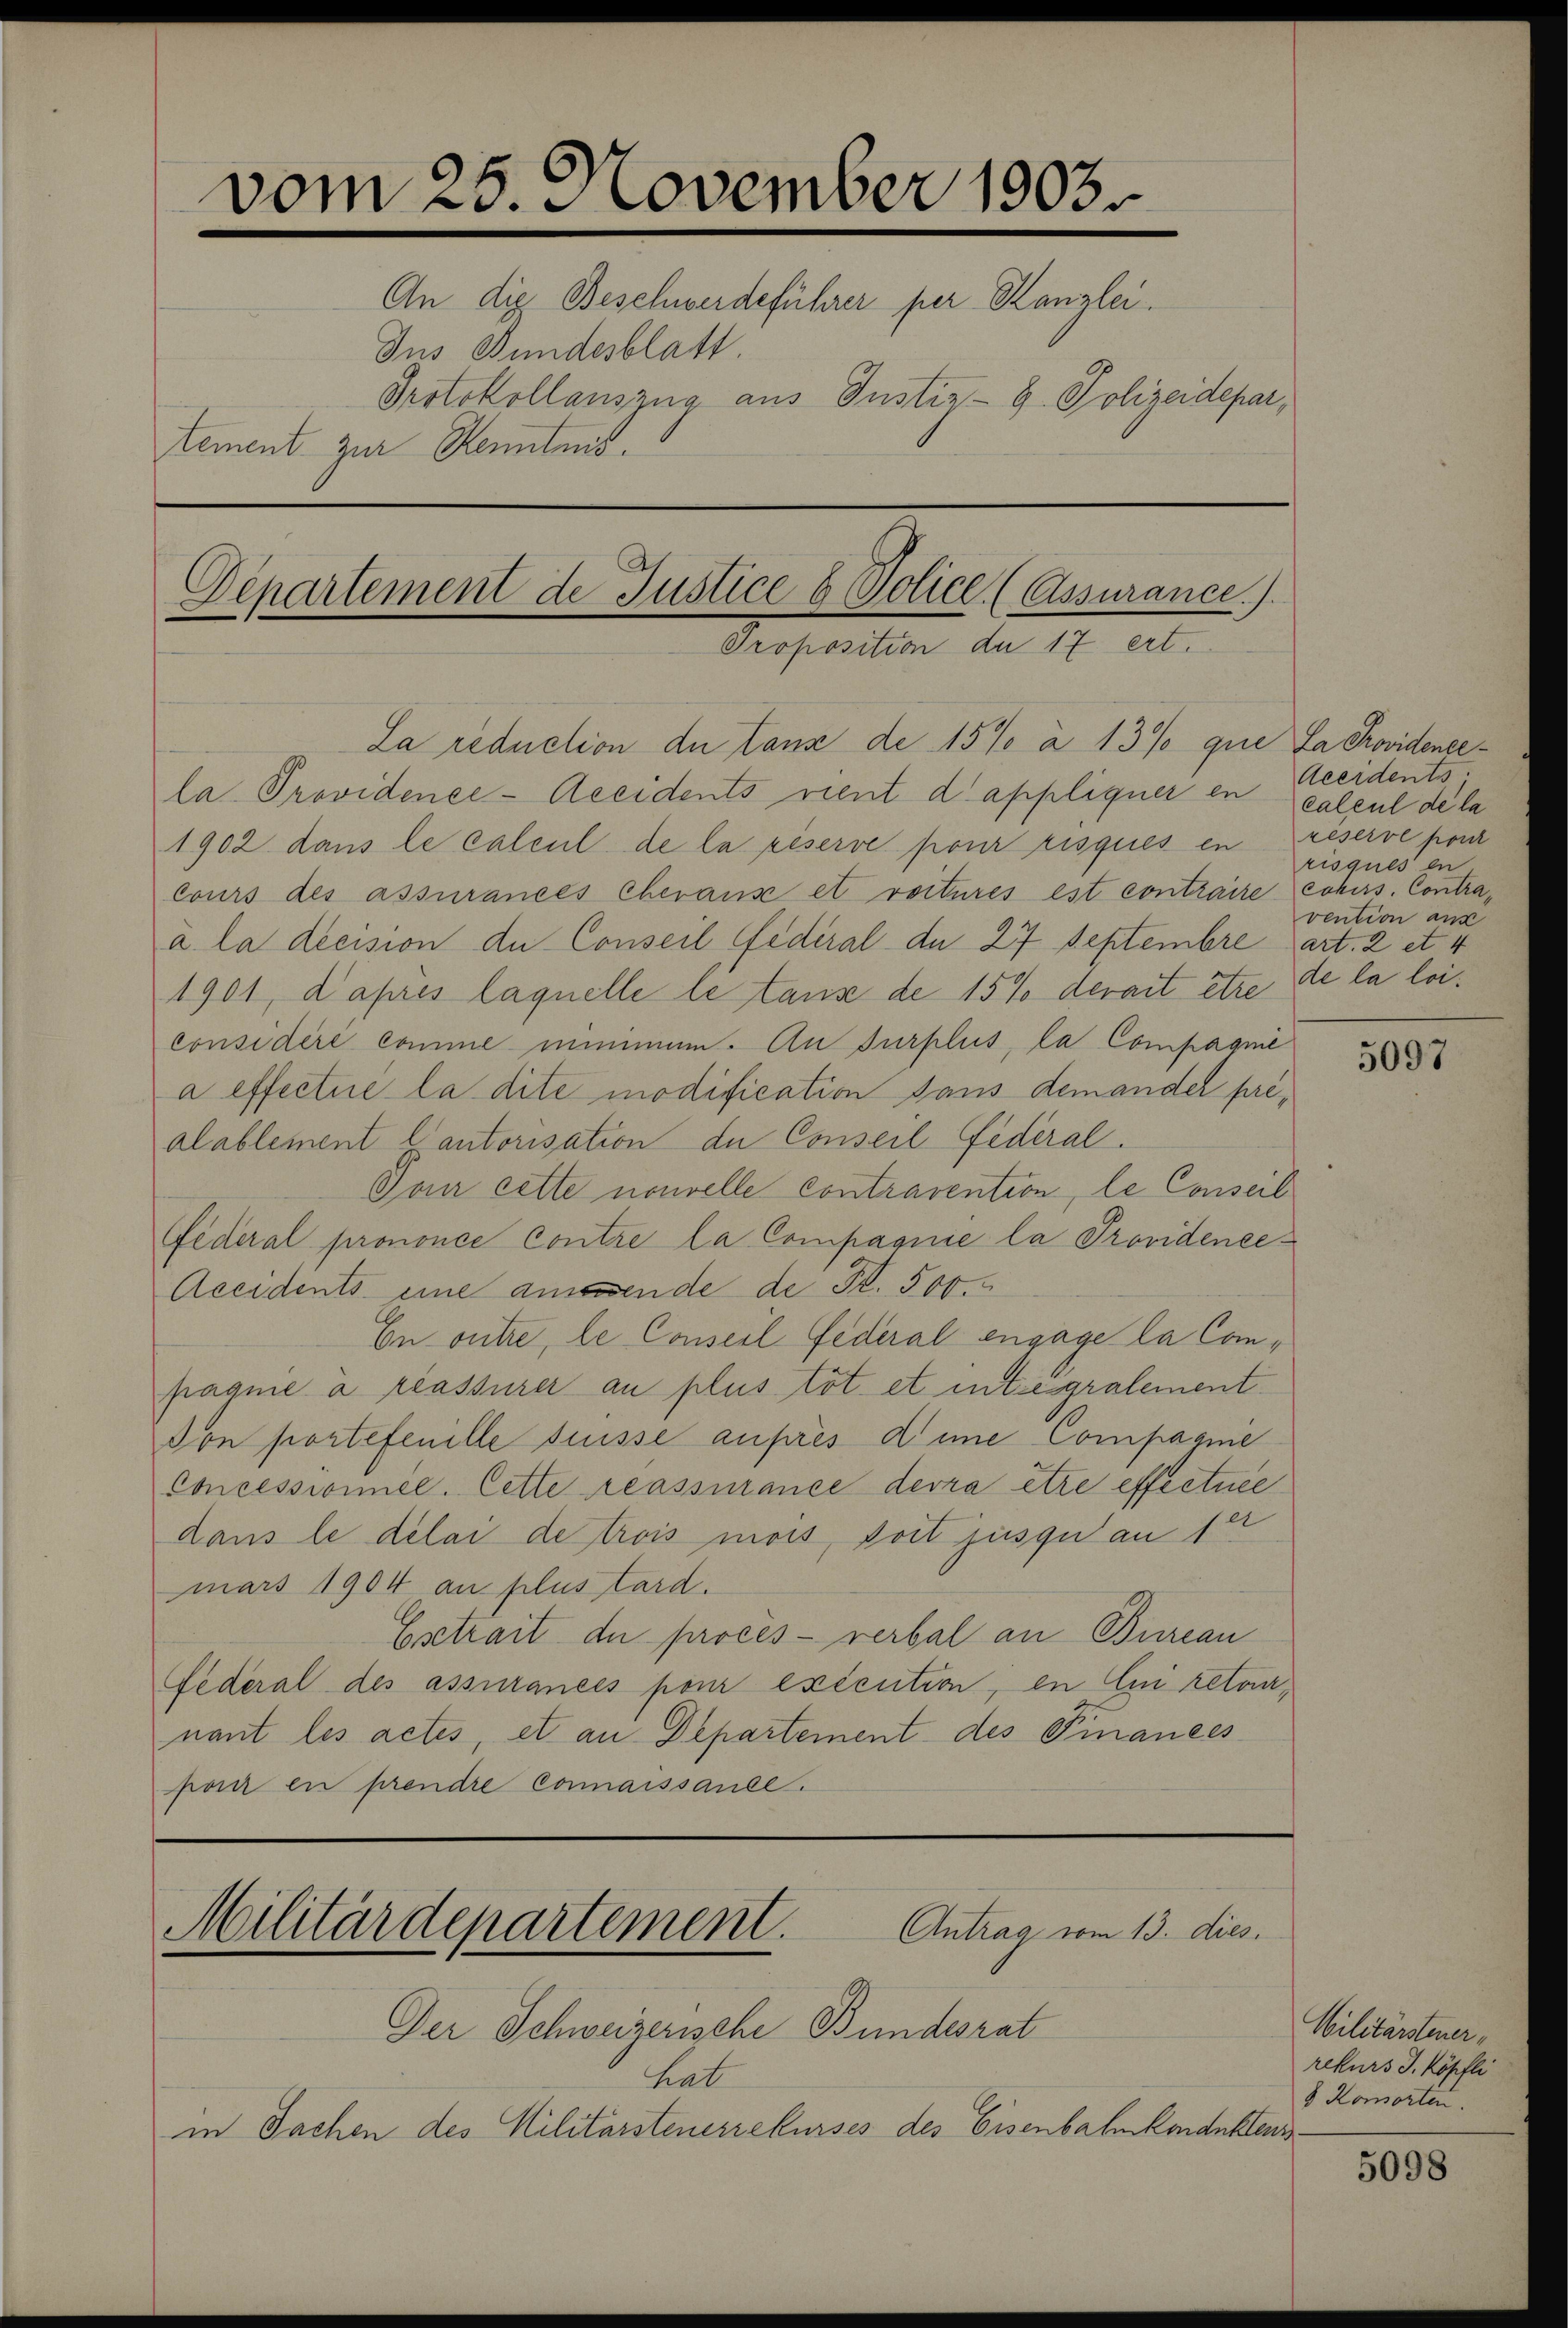
vom 25. November 1903.
An die Beschwerdeführer per Kanzlei.
Ins Bundesblatt.
Protokollauszug aus Justiz- & Polizeidepartement zur Kenntnis.

Departement de Justice & Police. (Assurance.).

la Providence-Accidents vient d’appliquer en calcul de la
1902. dans le calcul de la réserve pour risques en reserve pour
cours des assurances Cheraus et reiteres est contraire cohurs. Contraa la decision du Conseil Federal de 27 Septembre art. 2 et 4
1901, d’après laquelle le tanze de 15% derait être de la leiconsidère comme minimum. An surplus, la Compagnie
a effecture la dite modification sans demander prealablement Cantorisation de Conseil Federal.
Tan cette nouvelle contravention, le Conseil
Federal prononce contre la Compagnie la Providenee¬
Accidents eine amende de Fr. 500.
En outre, le Conseil Federal engage la Compaquie à reassurer au plus tot et integralement
Don portefenille suisse aufres dene Compasme
Concessionnée. Cette reassurance devra être effectuée
dans le délai de trois mois, doit jusquan fer
mars 1904 au plus tard.
Estrait de procès-verbal an Bureau
Federal des assurancés pour exécution, in Ein retairnant les actes, et an Departement des Finances
pon in prendre connaissance.

Proposition de 17 ert.
La reduction du tanz de 15% à 13% que la Providense¬

Militärdepartement.
Antrag vom 13. dies

Der Schweizerische Bundesrat
hab
in Sachen des Militärsteuerrekurses des Eisenbahnkonduktens

Acerdents
risques en
vention aus

5097

Militärsteuer,
rekurs J. Köpfli
8 Komorten.

5098